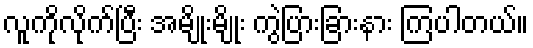
လူကိုလိုက်ပြီး အမျိုးမျိုး ကွဲပြားခြားနား ကြပါတယ်။